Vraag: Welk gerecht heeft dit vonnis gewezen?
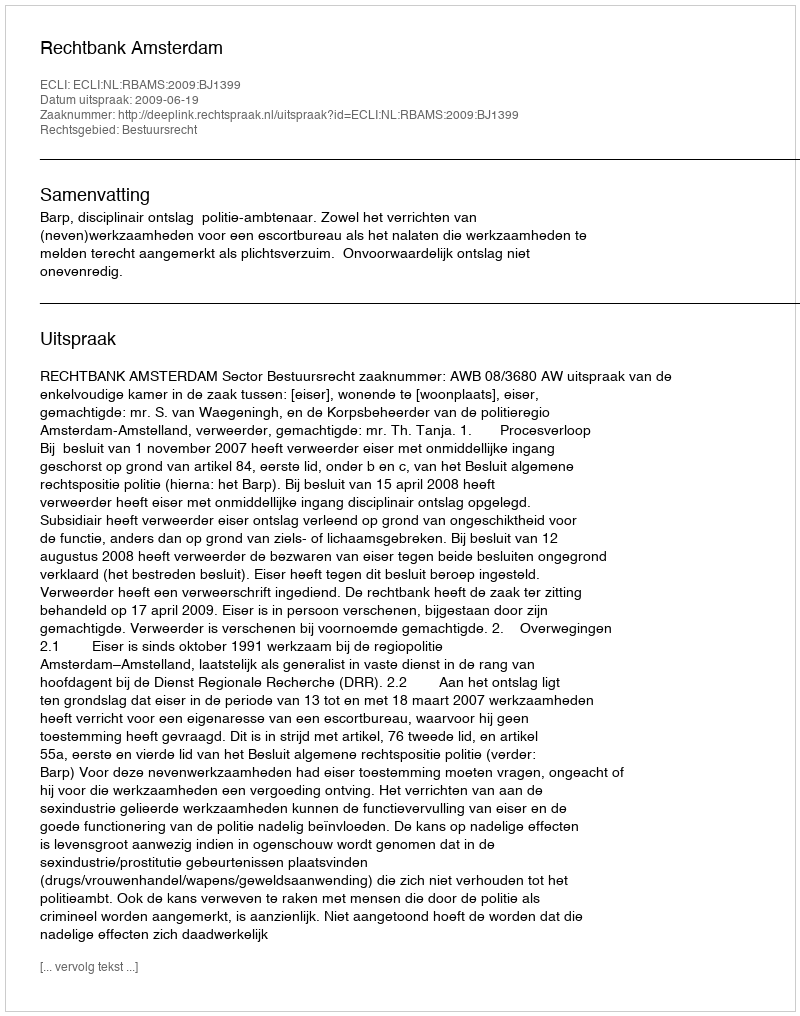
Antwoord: Rechtbank Amsterdam